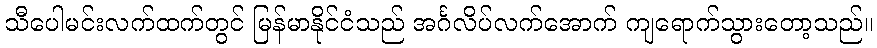
သီပေါမင်းလက်ထက်တွင် မြန်မာနိုင်ငံသည် အင်္ဂလိပ်လက်အောက် ကျရောက်သွားတော့သည်။